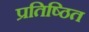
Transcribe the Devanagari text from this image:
प्रतिष्‍ठित